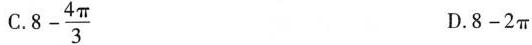
C.$$8 - \frac { 4 \π } { 3 }$$ D.$$8 - 2 π$$